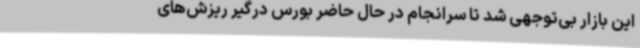
این بازار بی‌توجهی شد تا سرانجام در حال حاضر بورس درگیر ریزش‌های